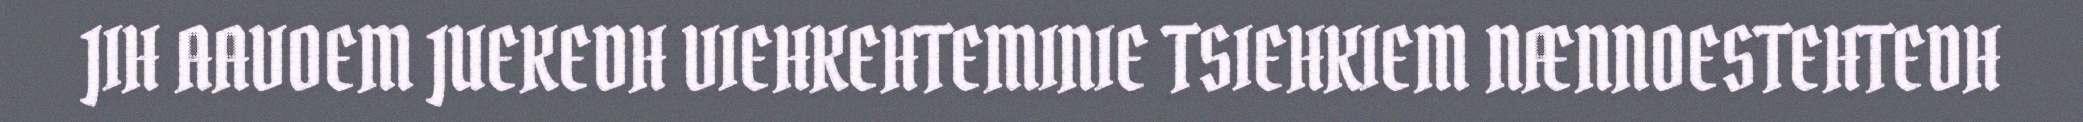
JIH AAVOEM JUEKEDH VIEHKEHTEMINIE TSIEHKIEM NÆNNOESTEHTEDH